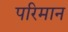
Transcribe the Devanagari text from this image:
परिमान